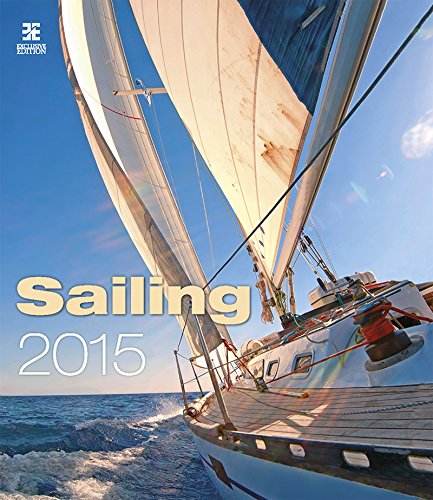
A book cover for Sailing Wall Calendar 2015 - Boat Calendar - Ship Calendar - Yacht Calendar - Poster Calendar - Oversize Calendar By Helma; MegaCalendars; Calendars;